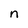
Character: n